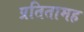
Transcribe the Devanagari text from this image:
प्रतितामह